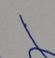
Signature authenticity: forged